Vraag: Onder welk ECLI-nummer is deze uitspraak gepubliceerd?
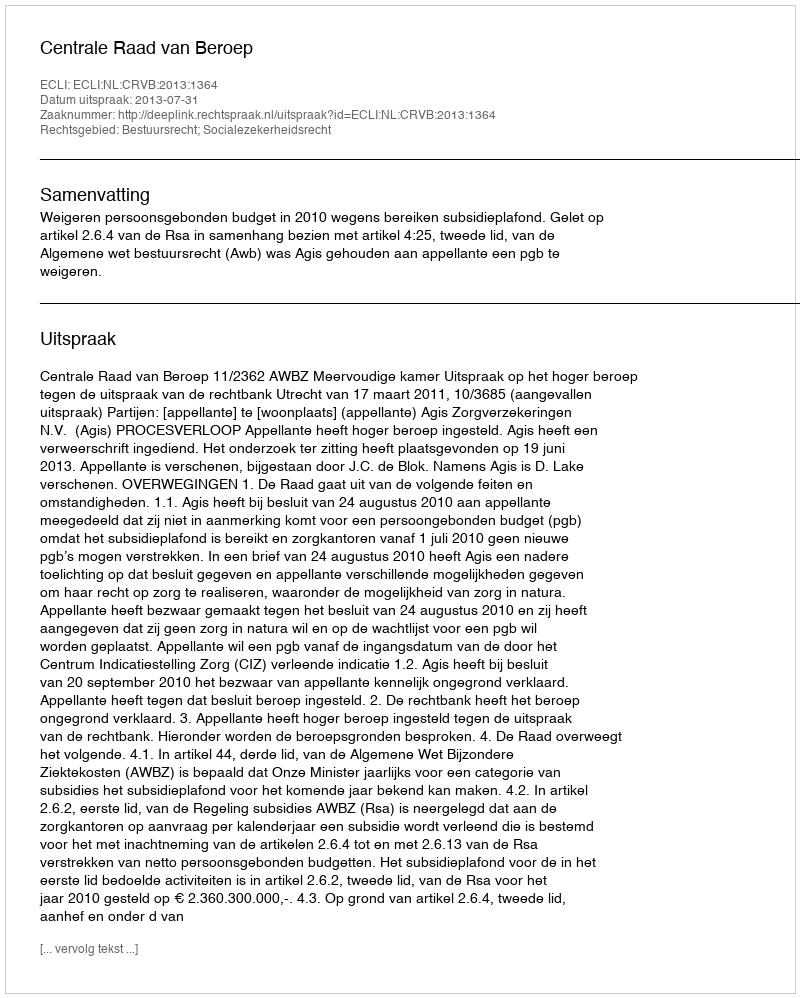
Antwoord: ECLI:NL:CRVB:2013:1364